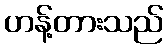
ဟန့်တားသည်